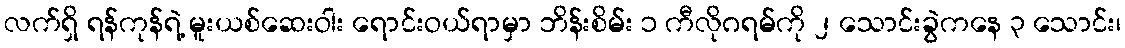
လက်ရှိ ရန်ကုန်ရဲ့ မူးယစ်ဆေးဝါး ရောင်းဝယ်ရာမှာ ဘိန်းစိမ်း ၁ ကီလိုဂရမ်ကို ၂ သောင်းခွဲကနေ ၃ သောင်း၊